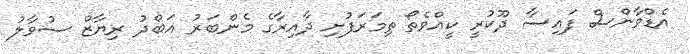
އެޑްވާންސް ފައިސާ ދޫކުރީ ކީއްވެތޯ ތިމަރަފުށި ދާއިރާގެ މެންބަރު އަބްދު ރިޔާޒް ސުވާލު